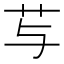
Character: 𰰠